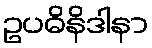
ဥပဓိနိဒါနာ